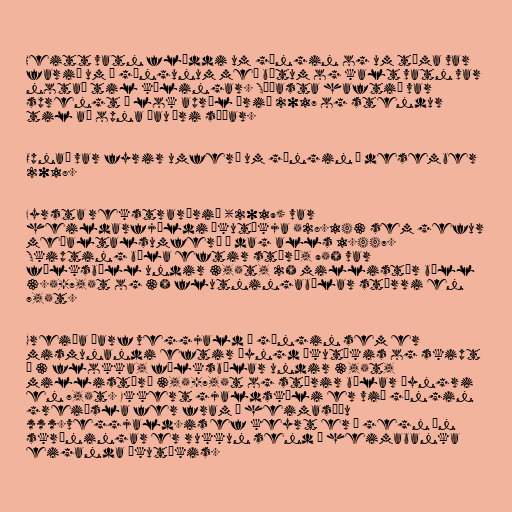
Heitt vatn flæddi um göngin og um tíma var
farið um í göngunum með bátum og kalt vatn var
notað til kælingar. Síðasta haftið var
sprengt í lok apríl árið 2017 og stendur
til að opna þau ári síðar.

Opnað var fyrir umferð um göngin í desember
2018.

Fyrsta rekstrarárið (2019) var
heildarfjöldi ökutækja 528.143 sem gefur
meðaltalsumferð á dag alls 1.447.
Skipting bíla eftir stærð, 95% var
fólksbíll undir 3,5t, 2% millistór bíll
3.5-7,5t og 3% flutningabílar stærri en
7,5t.

Greiða þarf veggjald í göngin sem er
mismunandi eftir þyngd ökutækis og skipt
í 3 flokka, fólksbílar undir 3,5t,
millistærð 3,5-7,5t og stórir bílar þyngri
en 7,5t. Ekkert gjaldskýli er við göngin
greiðsla fer fram á heimasíðu
www.veggjald.is ef keyrt er í gegn án
skráningar er rukkun send í heimabanka
eiganda ökutækis.